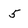
Character: 5